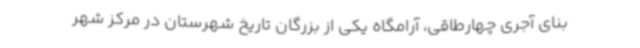
بنای آجری چهارطاقی، آرامگاه یکی از بزرگان تاریخ شهرستان در مرکز شهر